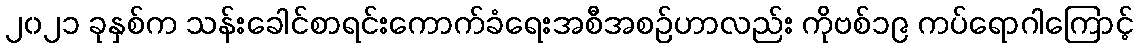
၂၀၂၁ ခုနှစ်က သန်းခေါင်စာရင်းကောက်ခံရေးအစီအစဉ်ဟာလည်း ကိုဗစ်၁၉ ကပ်ရောဂါကြောင့်